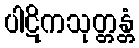
ပါဋိကသုတ္တန္တံ